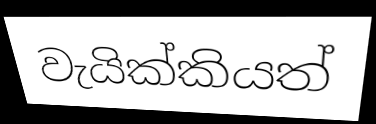
වැයික්කියත්